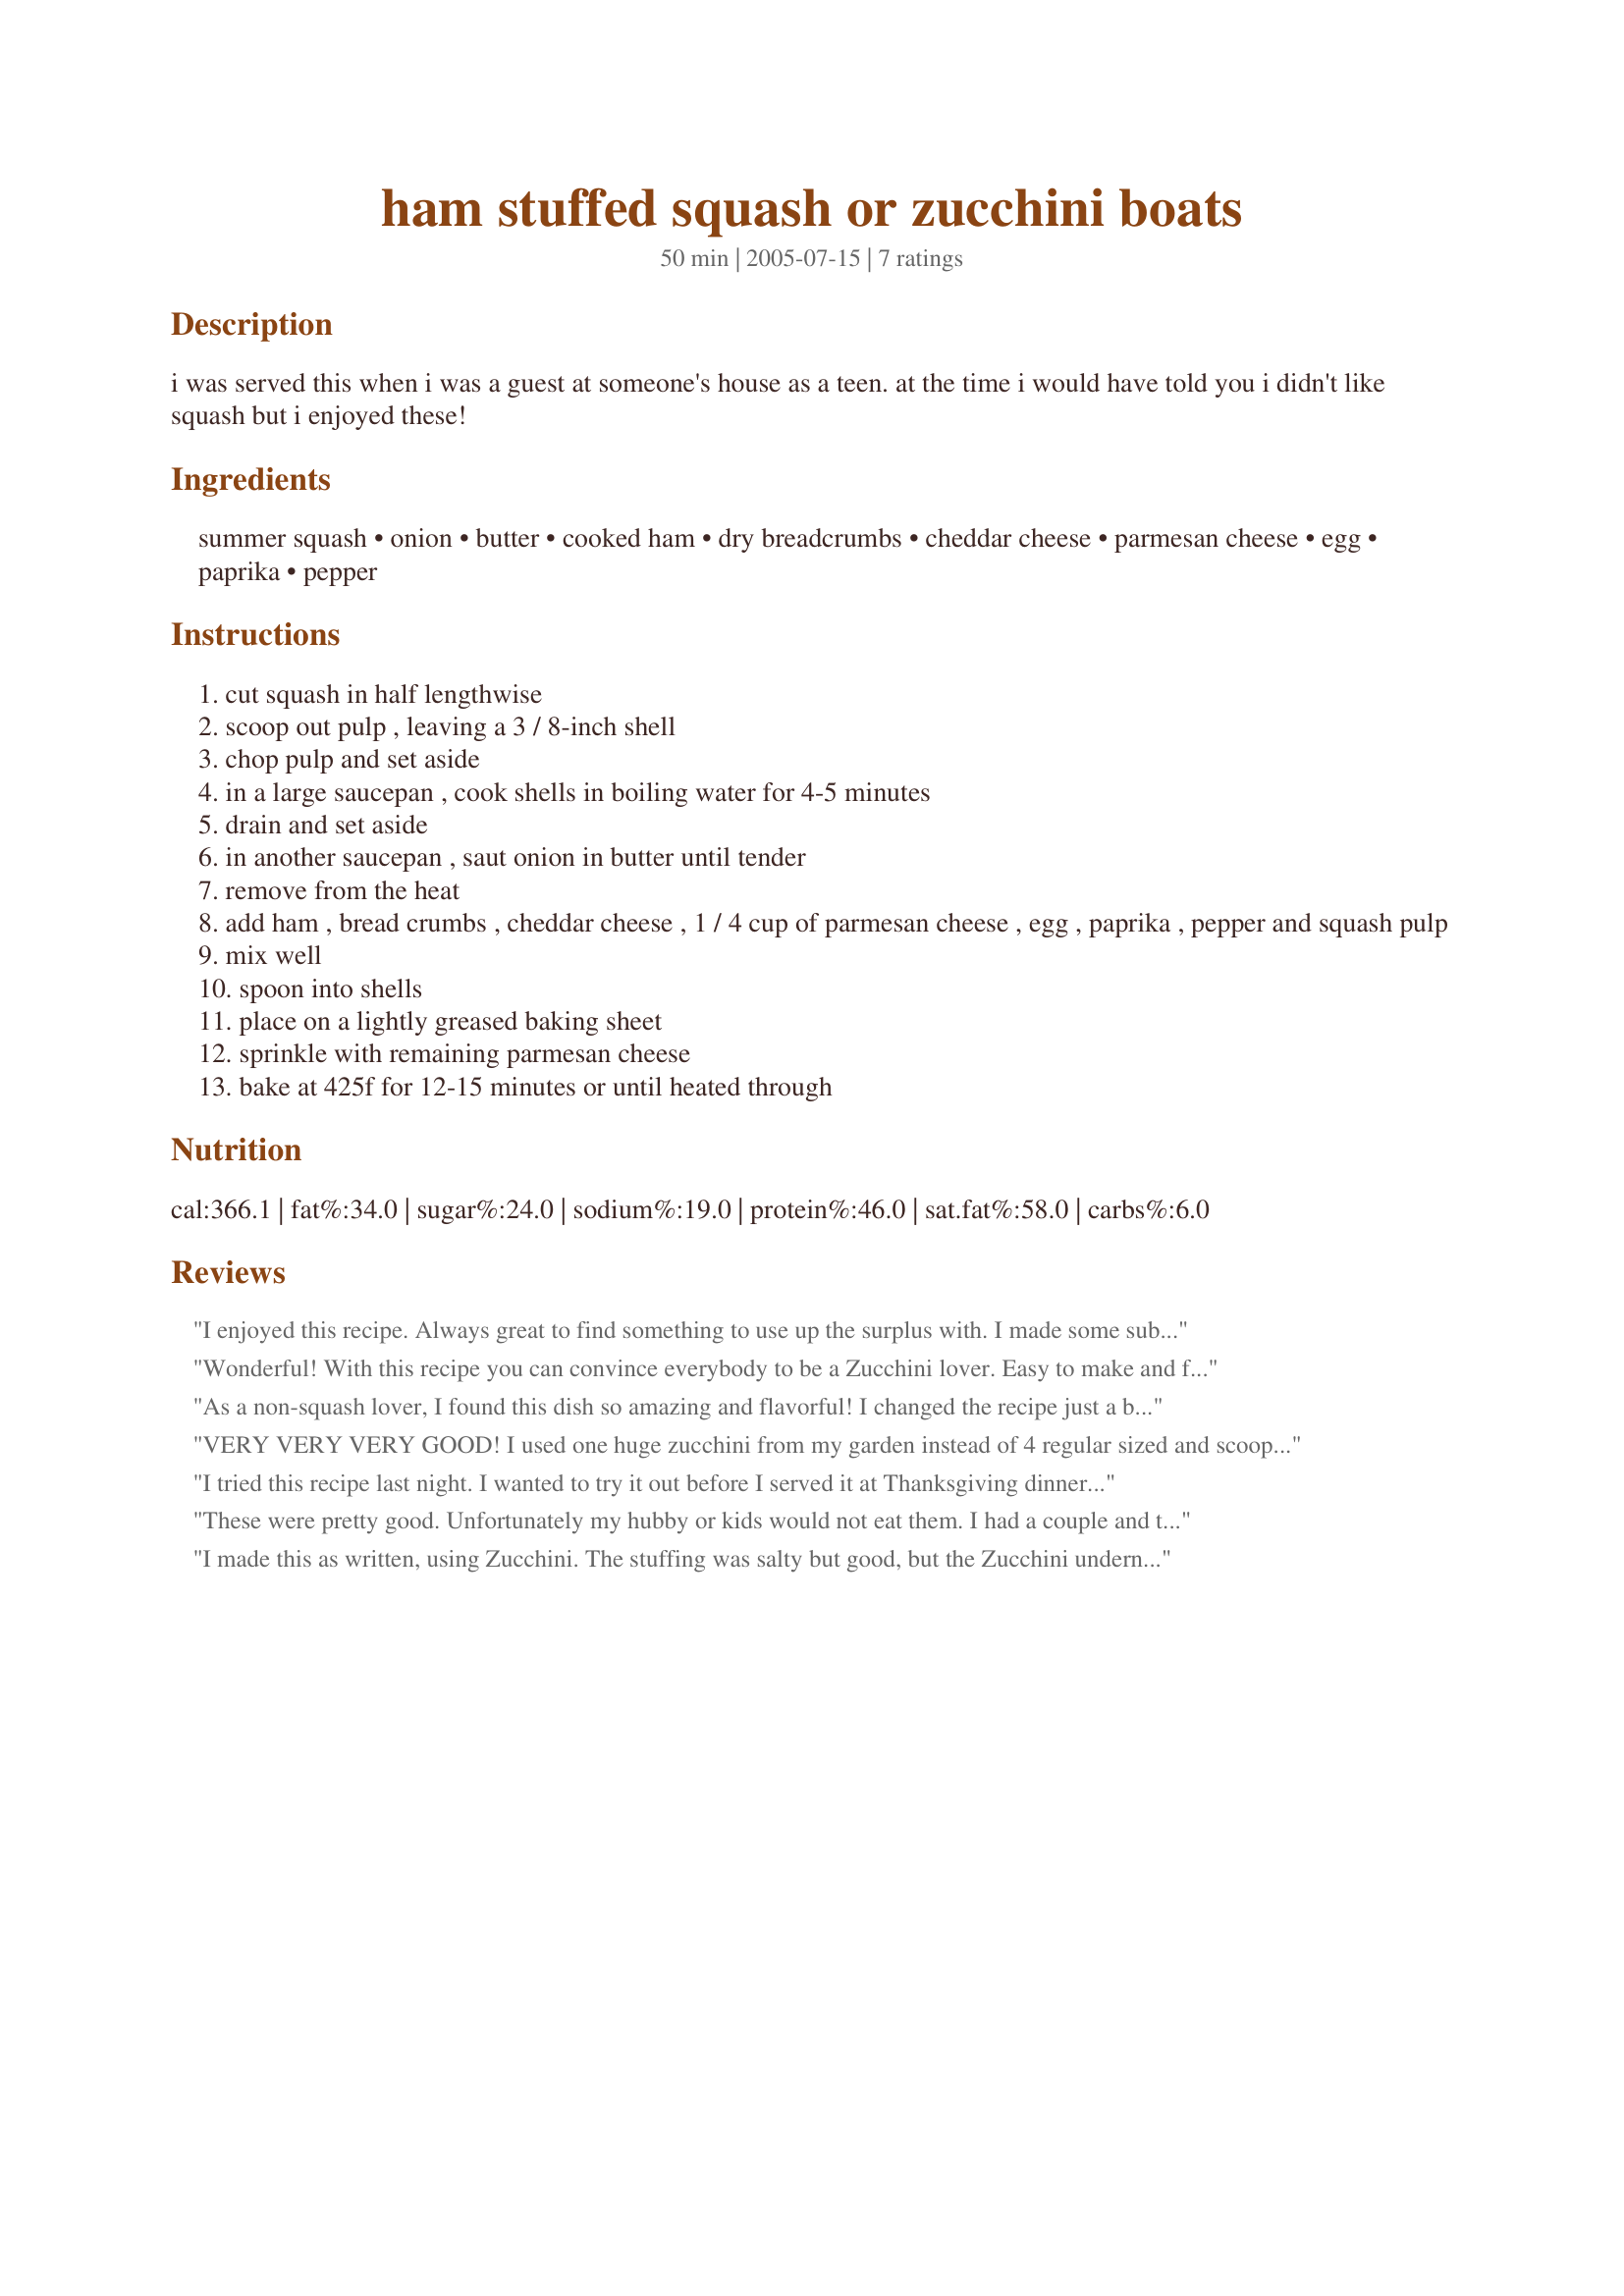
ham stuffed squash or zucchini boats
Preparation time: 50 minutes

i was served this when i was a guest at someone's house as a teen. at the time i would have told you i didn't like squash but i enjoyed these!

Ingredients:
summer squash, onion, butter, cooked ham, dry breadcrumbs, cheddar cheese, parmesan cheese, egg, paprika, pepper

Steps:
cut squash in half lengthwise
scoop out pulp , leaving a 3 / 8-inch shell
chop pulp and set aside
in a large saucepan , cook shells in boiling water for 4-5 minutes
drain and set aside
in another saucepan , saut onion in butter until tender
remove from the heat
add ham , bread crumbs , cheddar cheese , 1 / 4 cup of parmesan cheese , egg , paprika , pepper and squash pulp
mix well
spoon into shells
place on a lightly greased baking sheet
sprinkle with remaining parmesan cheese
bake at 425f for 12-15 minutes or until heated through

Reviews:
I enjoyed this recipe. Always great to find something to use up the surplus with. I made some substitutions due to taste or necessity. (hence no rating)
I had yellow summer squash that was quite mature so the "pulp" were seeds and I discarded them. To make up for it I added 1/2 of a chopped zucchini with skin to the onion mixture and cooked them together. (I was afraid it wouldn't cook in time in the oven). I omitted the Parmesan and used mozzarella for the chedder cheese. I didn't measure the pepper probably just used a dash. I found it a little bland... maybe that was the choice of cheese. (or needed more pepper?) I may try adding some more spices next time.
Wonderful! With this recipe you can convince everybody to be a Zucchini lover. Easy to make and fast. I replaced the cheddar by parmesan. To pre-cook the Zucchini gives you any opportunity to have the Zucchine from more to less firm. After baking you have a crispy parmesan crust. The filling below has a wonderful smooth texture and flavors are delightfully blended. If you miss salt in the recipe: you don't need additional salt! The Zucchini was moist, but still firm with descreet flavors. I need less than 30 min of preparation time and did a second dish at the same time. Try this delicious and fast to make Zucchini recipe. Thanks for sharing.
As a non-squash lover, I found this dish so amazing and flavorful! I changed the recipe just a bit due to what I had available. I began with olive oil in a pan and added 2 cloves of garlic (I also made this with just one zucchini). I added diced smoked turkey and the innards of the zucchini to the garlic. After I removed the pan from the heat I added cheddar cheese as the recipe states and also chopped fresh basil leaves. Along with adding Parmesan cheese to the top, I also mixed it into the "filler". The flavor in this was just incredible! Thank you so much for re-introducing me to summer squashes!
VERY VERY VERY GOOD! I used one huge zucchini from my garden instead of 4 regular sized and scooped the pulp from that, real good flavor. Had two nights worth of dinner for my husband, son and I. (btw, my 2 year old son loved this meal!!) Thanks for sharing
I tried this recipe last night. I wanted to try it out before I served it at Thanksgiving dinner. It was delicious. The flavors are just right. I followed the recipe as instructed but I left out the ham. My entire family enjoyed it. This is definitely a savory dish
These were pretty good. Unfortunately my hubby or kids would not eat them. I had a couple and thought that they were good.
I made this as written, using Zucchini. The stuffing was salty but good, but the Zucchini underneath tasted blah. I probably would have salted the Zucchini underneath and used a less salty ham (my own fault) in the mix. My husband liked it, and I'll make it again. Thanks.
